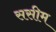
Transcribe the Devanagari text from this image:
ससीम